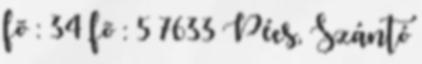
fõ : 34 fõ : 5 7633 Pécs, Szántó